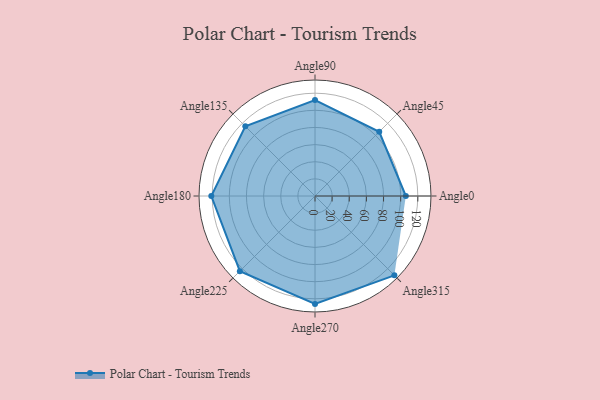
{"axis": {"x": "Angle", "y": "Radius"}, "legend": [""], "data": [{"x": "Angle0", "y": 106.0, "type": ""}, {"x": "Angle45", "y": 106.0, "type": ""}, {"x": "Angle90", "y": 112.0, "type": ""}, {"x": "Angle135", "y": 115.0, "type": ""}, {"x": "Angle180", "y": 121.0, "type": ""}, {"x": "Angle225", "y": 124.0, "type": ""}, {"x": "Angle270", "y": 126.0, "type": ""}, {"x": "Angle315", "y": 131.0, "type": ""}]}